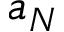
a _ { N }